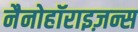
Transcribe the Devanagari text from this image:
नैनोहॉराइज़न्स